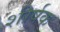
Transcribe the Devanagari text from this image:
शीर्षक